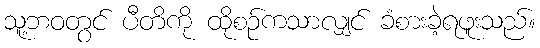
သူ့ဘဝတွင် ပီတိကို ထိုစဉ်ကသာလျှင် ခံစားခဲ့ရဖူးသည်။